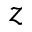
z